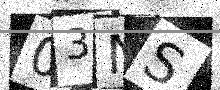
Text: 03NS